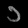
Digit: ၁